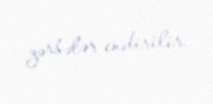
zərbələr endirilir.